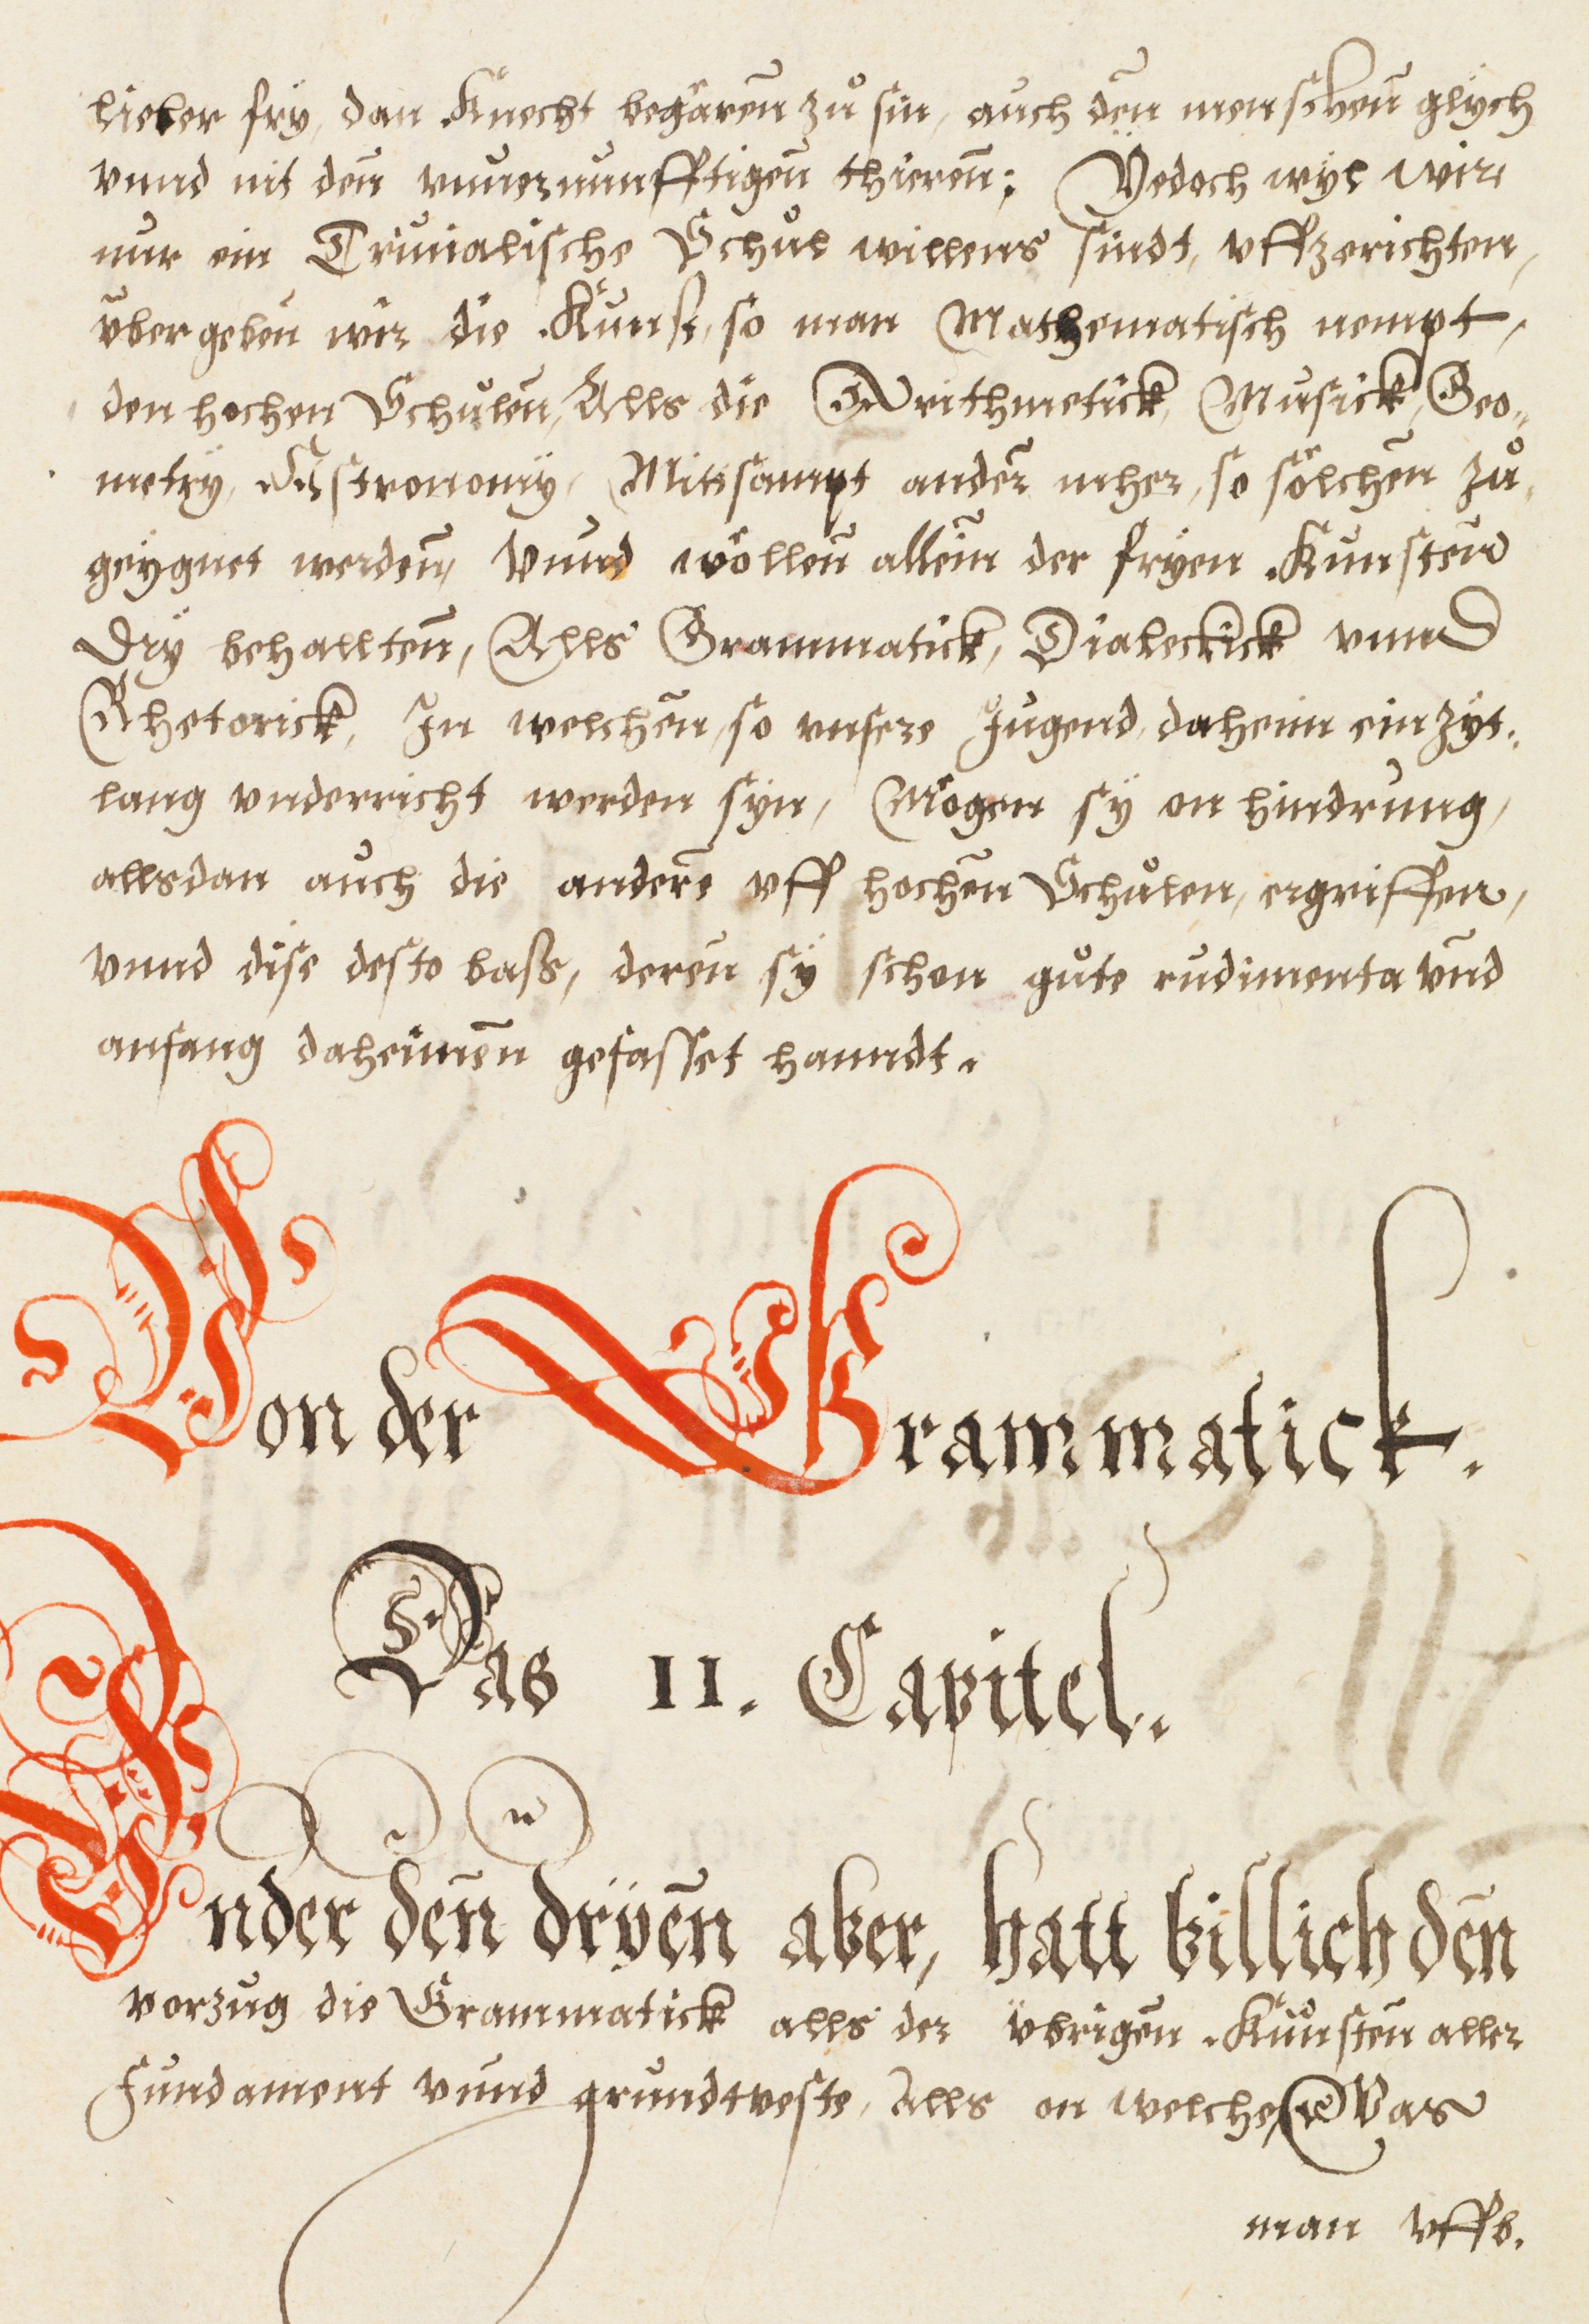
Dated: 1576–1577